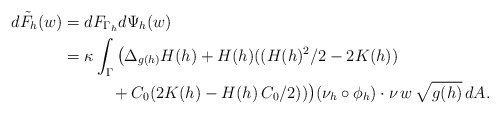
\begin{align*}\begin{aligned}d\tilde F_h(w)&=dF_{\Gamma_h}d\Psi_h(w)\\&=\kappa\int_{\Gamma}\big(\Delta_{g(h)} H(h) + H(h)((H(h)^2/2-2K(h))\\&\quad\quad\quad+ C_0(2K(h)-H(h)\,C_0/2))\big)(\nu_h\circ\phi_h)\cdot\nu\,w\,\sqrt{g(h)}\,dA.\end{aligned}\end{align*}